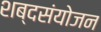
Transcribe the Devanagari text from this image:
शब्दसंयोजन